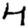
Digit: 4